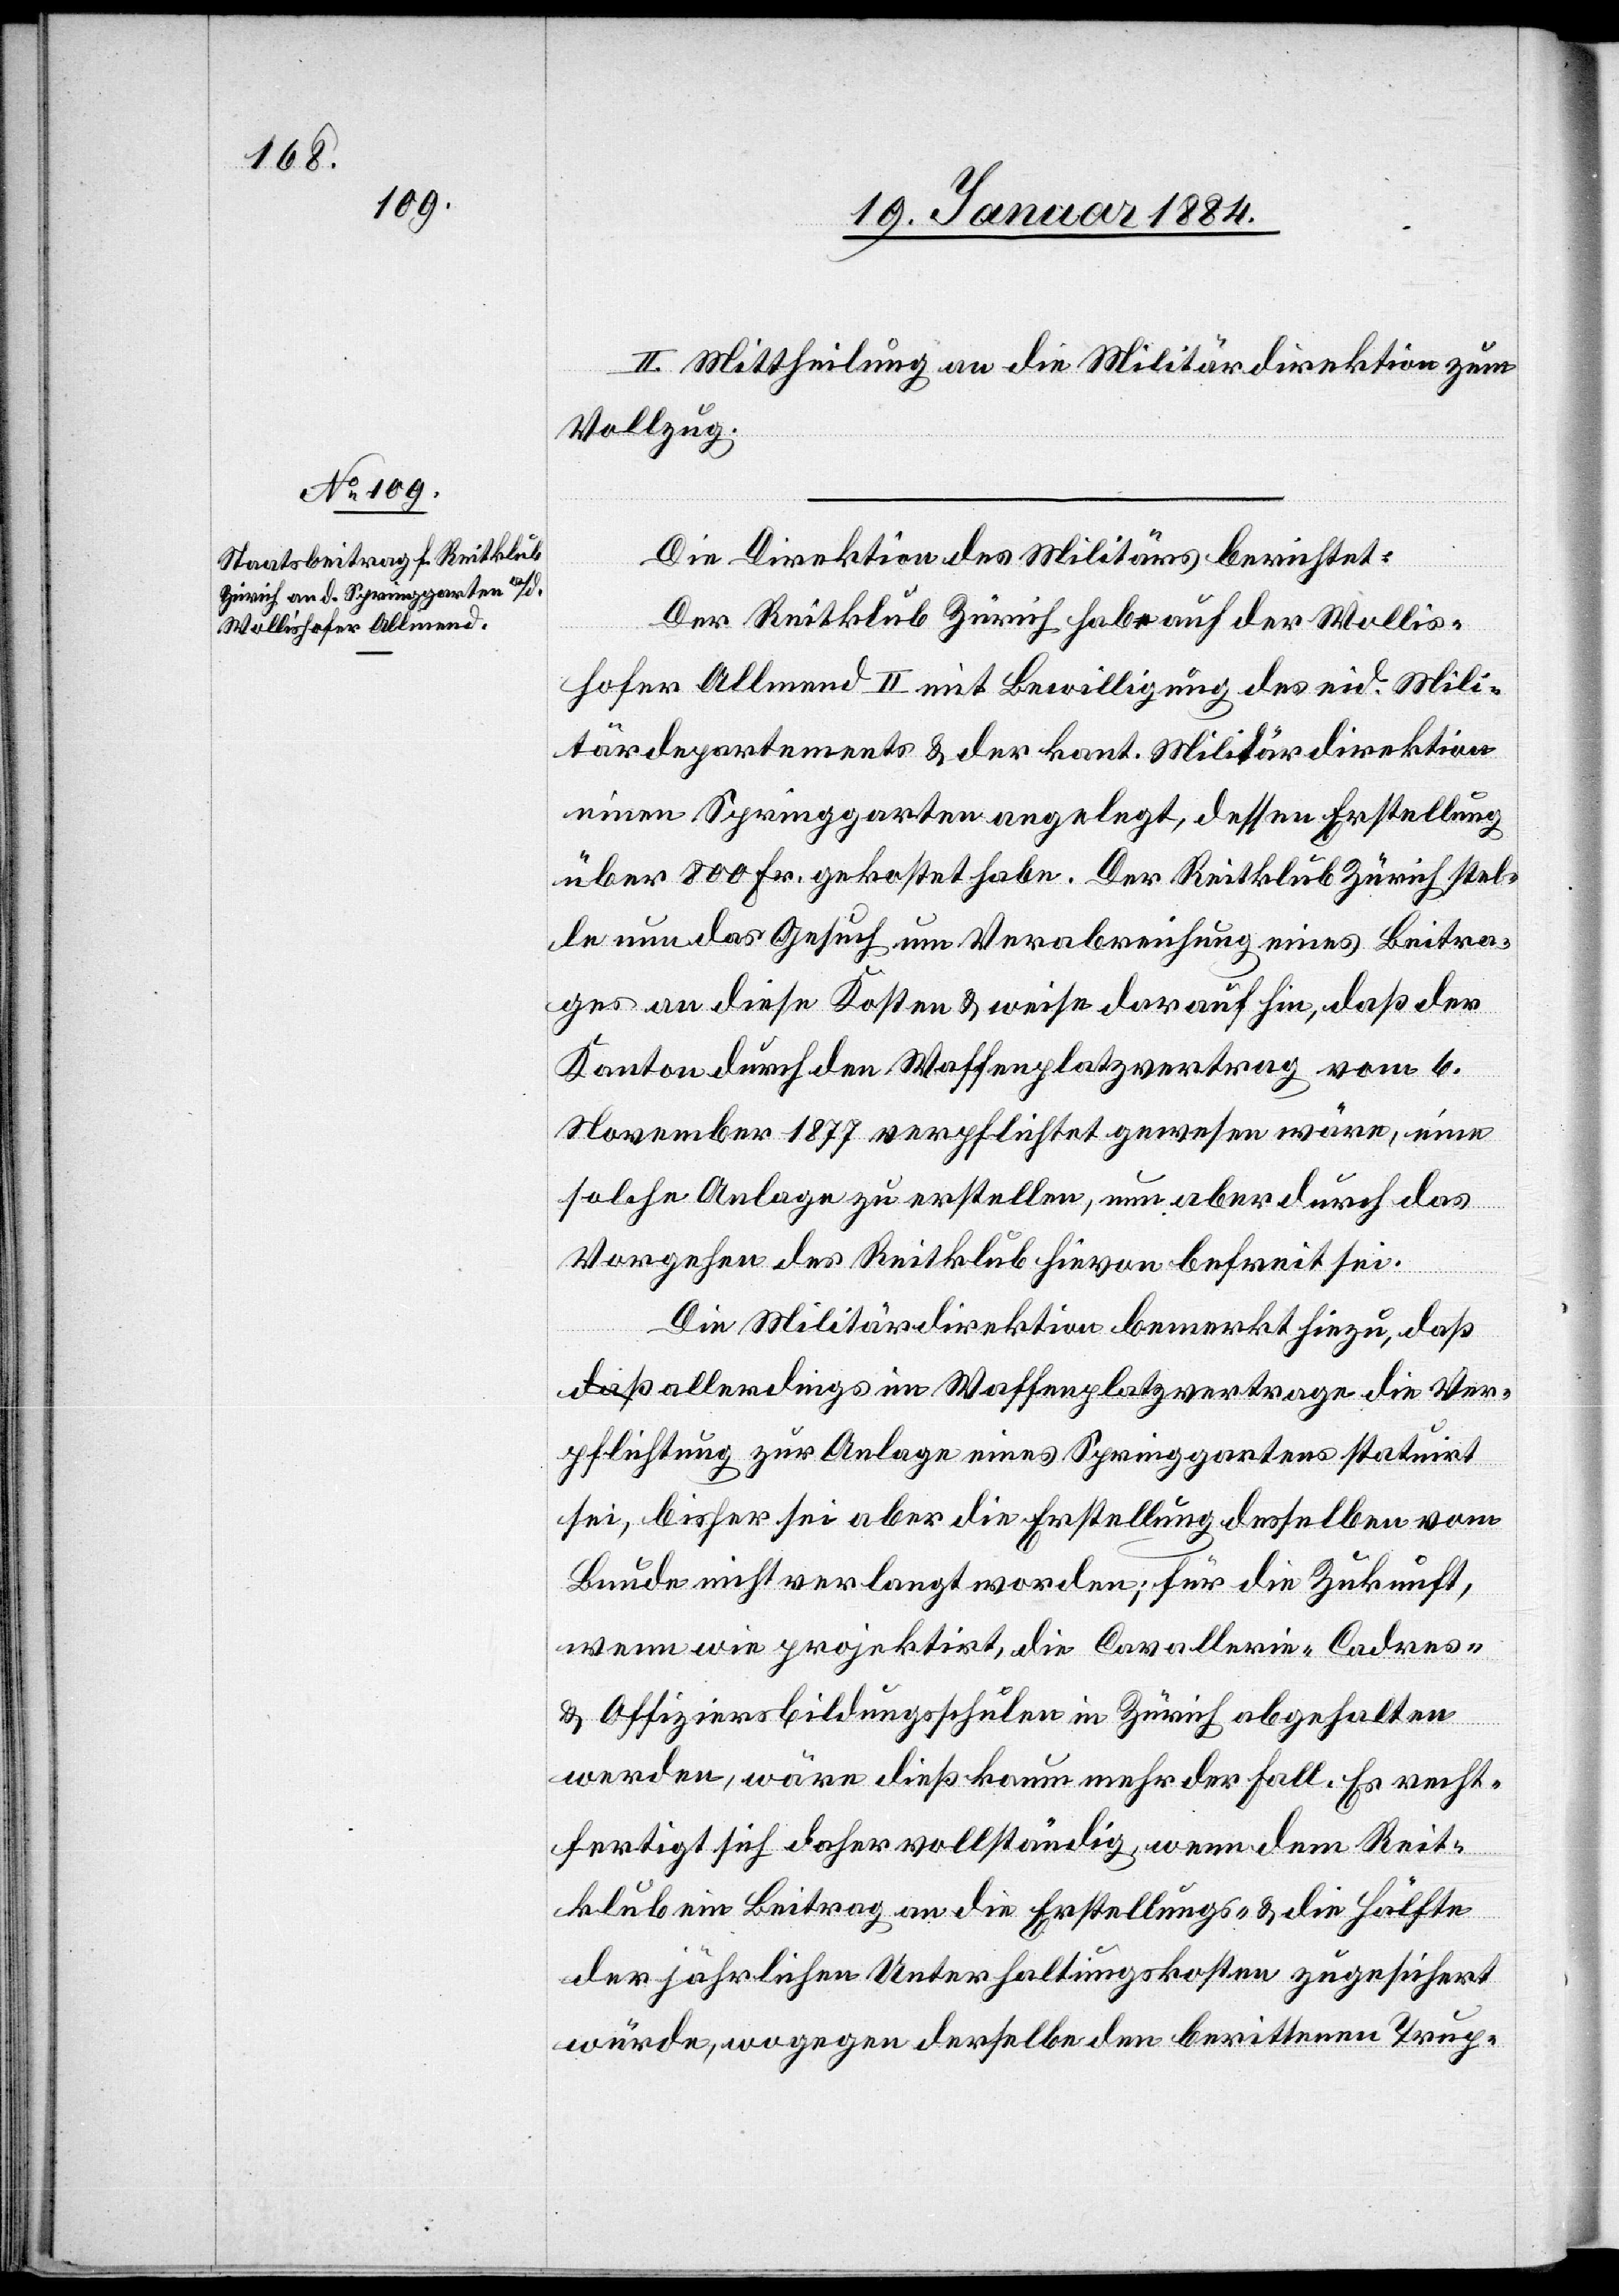
II. Mittheilung an die Militärdirektion zum
Vollzug.
Die Direktion des Militärs berichtet:
Der Reitklub Zürich habe auf der Wollis¬
hofer Allmend II mit Bewilligung des eid. Mili¬
tärdepartements & der kant. Militärdirektion
einen Springgarten angelegt, dessen Erstellung
über 800 Fr. gekostet habe. Der Reitklub Zürich stel¬
le nun das Gesuch um Verabreichung eines Beitra¬
ges an diese Kosten & weise darauf hin, daß der
Kanton durch den Waffenplatzvertrag vom 6.
November 1877 verpflichtet gewesen wäre, eine
solche Anlage zu erstellen, nun aber durch das
Vorgehen des Reitklubs hievon befreit sei.
Die Militärdirektion bemerkt hiezu, daß
allerdings im Waffenplatzvertrage die Ver¬
pflichtung zur Anlage eines Springgartens statuirt
sei, bisher sei aber die Erstellung desselben vom
Bunde nicht verlangt worden; für die Zukunft,
wenn wie projektirt, die Cavallerie-Cadres-
& Offiziersbildungsschulen in Zürich abgehalten
werden, wäre dieß kaum mehr der Fall. Es recht¬
fertigt sich daher vollständig, wenn dem Reit¬
klub ein Beitrag an die Erstellungs- & die Hälfte
der jährlichen Unterhaltungskosten zugesichert
würde, wogegen derselbe den berittenen Trup-